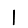
Digit: 1